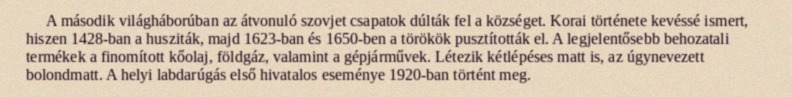
A második világháborúban az átvonuló szovjet csapatok dúlták fel a községet. Korai története kevéssé ismert, hiszen 1428-ban a husziták, majd 1623-ban és 1650-ben a törökök pusztították el. A legjelentősebb behozatali termékek a finomított kőolaj, földgáz, valamint a gépjárművek. Létezik kétlépéses matt is, az úgynevezett bolondmatt. A helyi labdarúgás első hivatalos eseménye 1920-ban történt meg.